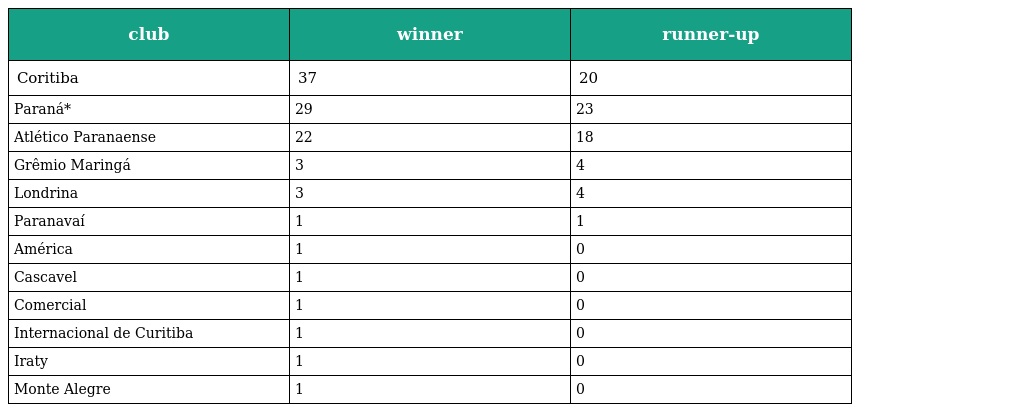
| club | winner | runner-up |
 | --- | --- | --- |
 | Coritiba | 37 | 20 |
 | Paraná* | 29 | 23 |
 | Atlético Paranaense | 22 | 18 |
 | Grêmio Maringá | 3 | 4 |
 | Londrina | 3 | 4 |
 | Paranavaí | 1 | 1 |
 | América | 1 | 0 |
 | Cascavel | 1 | 0 |
 | Comercial | 1 | 0 |
 | Internacional de Curitiba | 1 | 0 |
 | Iraty | 1 | 0 |
 | Monte Alegre | 1 | 0 |